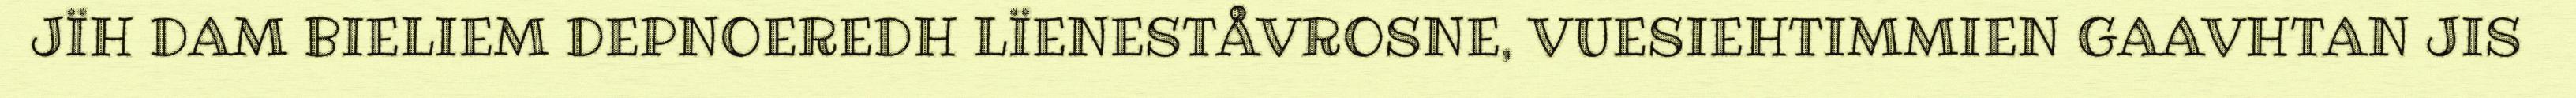
JÏH DAM BIELIEM DEPNOEREDH LÏENESTÅVROSNE, VUESIEHTIMMIEN GAAVHTAN JIS